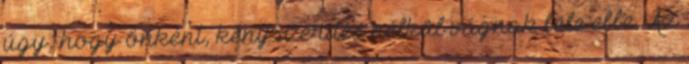
úgy, hogy önként, kényszerítés nélkül vágnak bele ebbe. Az